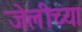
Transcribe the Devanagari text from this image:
जेलीच्या